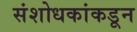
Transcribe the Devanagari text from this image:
संशोधकांकडून